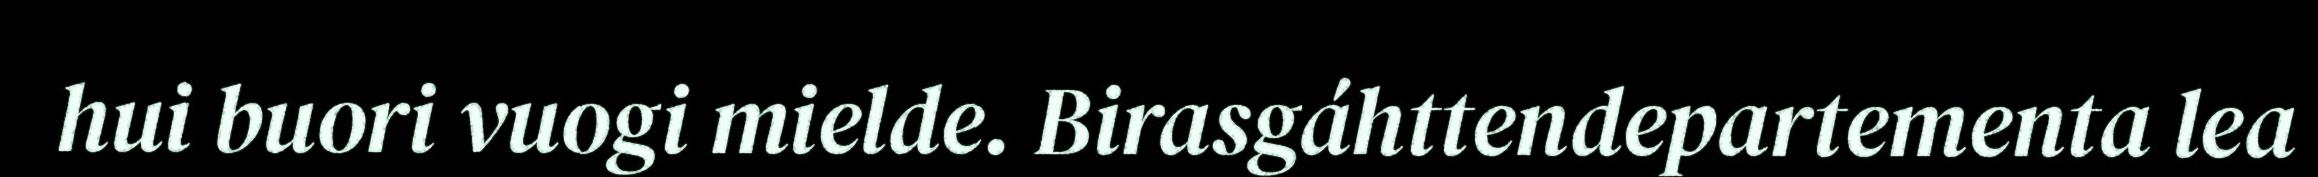
hui buori vuogi mielde. Birasgáhttendepartementa lea